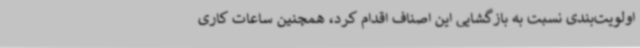
اولویت‌بندی نسبت به بازگشایی این اصناف اقدام کرد، همچنین ساعات کاری